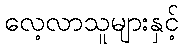
လေ့လာသူများနှင့်